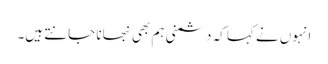
انہوں نے کہا کہ دشمنی ہم بھی نبھانا جانتے ہیں۔